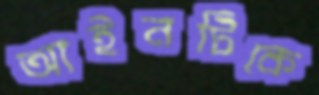
আইনটিকে